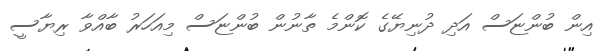
އިން ބުންޏަސް އަދި ދުނިޔޭގެ ކޮންމެ ތާނުން ބުންޏަސް މިއަހަރު ބާއްވާ ރިޔާސީ